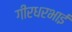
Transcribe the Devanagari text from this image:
गीरधरभाई